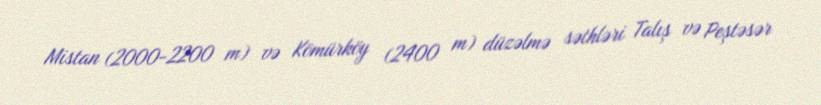
Mistan (2000-2200 m) və Kömürköy (2400 m) düzəlmə səthləri Talış və Peştəsər